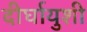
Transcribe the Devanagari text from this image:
दीर्घायुशी